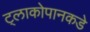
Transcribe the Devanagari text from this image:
ट्लाकोपानकडे